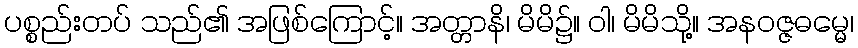
ပစ္စည်းတပ် သည်၏ အဖြစ်ကြောင့်။ အတ္တာနိ၊ မိမိ၌။ ဝါ၊ မိမိသို့။ အနဝဇ္ဇဓမ္မေ၊